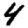
Digit: 4